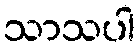
သာသပါ